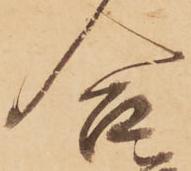
合